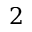
2